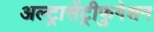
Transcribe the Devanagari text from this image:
अल्ट्रासेंट्रीफुगेशन